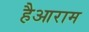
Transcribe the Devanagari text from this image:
हैआराम